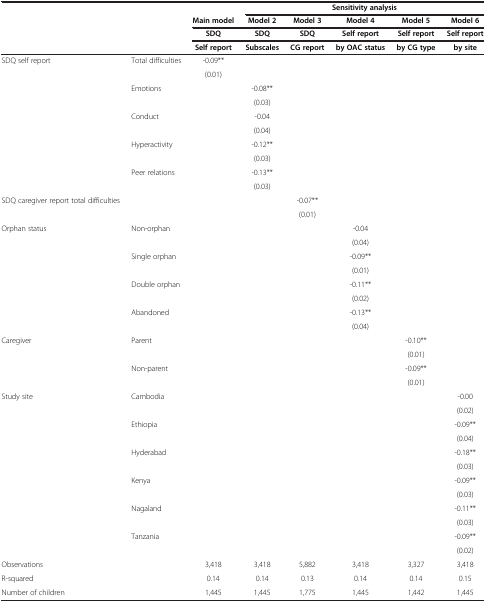
<table><thead><tr><td><b> </b></td><td><b> </b></td><td><b> </b></td><td colspan="5"><b>Sensitivity analysis</b></td></tr><tr><td><b> </b></td><td><b> </b></td><td><b>Main model</b></td><td><b>Model 2</b></td><td><b>Model 3</b></td><td><b>Model 4</b></td><td><b>Model 5</b></td><td><b>Model 6</b></td></tr><tr><td><b> </b></td><td><b> </b></td><td><b>SDQ</b></td><td><b>SDQ</b></td><td><b>SDQ</b></td><td><b>Self report</b></td><td><b>Self report</b></td><td><b>Self report</b></td></tr><tr><td><b> </b></td><td><b> </b></td><td><b>Self report</b></td><td><b>Subscales</b></td><td><b>CG report</b></td><td><b>by OAC status</b></td><td><b>by CG type</b></td><td><b>by site</b></td></tr></thead><tbody><tr><td>SDQ self report</td><td>Total difficulties</td><td>-0.09**</td><td> </td><td> </td><td> </td><td> </td><td> </td></tr><tr><td> </td><td> </td><td>(0.01)</td><td> </td><td> </td><td> </td><td> </td><td> </td></tr><tr><td> </td><td>Emotions</td><td> </td><td>-0.08**</td><td> </td><td> </td><td> </td><td> </td></tr><tr><td> </td><td> </td><td> </td><td>(0.03)</td><td> </td><td> </td><td> </td><td> </td></tr><tr><td> </td><td>Conduct</td><td> </td><td>-0.04</td><td> </td><td> </td><td> </td><td> </td></tr><tr><td> </td><td> </td><td> </td><td>(0.04)</td><td> </td><td> </td><td> </td><td> </td></tr><tr><td> </td><td>Hyperactivity</td><td> </td><td>-0.12**</td><td> </td><td> </td><td> </td><td> </td></tr><tr><td> </td><td> </td><td> </td><td>(0.03)</td><td> </td><td> </td><td> </td><td> </td></tr><tr><td> </td><td>Peer relations</td><td> </td><td>-0.13**</td><td> </td><td> </td><td> </td><td> </td></tr><tr><td> </td><td> </td><td> </td><td>(0.03)</td><td> </td><td> </td><td> </td><td> </td></tr><tr><td>SDQ caregiver report total difficulties</td><td> </td><td> </td><td> </td><td>-0.07**</td><td> </td><td> </td><td> </td></tr><tr><td> </td><td> </td><td> </td><td> </td><td>(0.01)</td><td> </td><td> </td><td> </td></tr><tr><td>Orphan status</td><td>Non-orphan</td><td> </td><td> </td><td> </td><td>-0.04</td><td> </td><td> </td></tr><tr><td> </td><td> </td><td> </td><td> </td><td> </td><td>(0.04)</td><td> </td><td> </td></tr><tr><td> </td><td>Single orphan</td><td> </td><td> </td><td> </td><td>-0.09**</td><td> </td><td> </td></tr><tr><td> </td><td> </td><td> </td><td> </td><td> </td><td>(0.01)</td><td> </td><td> </td></tr><tr><td> </td><td>Double orphan</td><td> </td><td> </td><td> </td><td>-0.11**</td><td> </td><td> </td></tr><tr><td> </td><td> </td><td> </td><td> </td><td> </td><td>(0.02)</td><td> </td><td> </td></tr><tr><td> </td><td>Abandoned</td><td> </td><td> </td><td> </td><td>-0.13**</td><td> </td><td> </td></tr><tr><td> </td><td> </td><td> </td><td> </td><td> </td><td>(0.04)</td><td> </td><td> </td></tr><tr><td>Caregiver</td><td>Parent</td><td> </td><td> </td><td> </td><td> </td><td>-0.10**</td><td> </td></tr><tr><td> </td><td> </td><td> </td><td> </td><td> </td><td> </td><td>(0.01)</td><td> </td></tr><tr><td> </td><td>Non-parent</td><td> </td><td> </td><td> </td><td> </td><td>-0.09**</td><td> </td></tr><tr><td> </td><td> </td><td> </td><td> </td><td> </td><td> </td><td>(0.01)</td><td> </td></tr><tr><td>Study site</td><td>Cambodia</td><td> </td><td> </td><td> </td><td> </td><td> </td><td>-0.00</td></tr><tr><td> </td><td> </td><td> </td><td> </td><td> </td><td> </td><td> </td><td>(0.02)</td></tr><tr><td> </td><td>Ethiopia</td><td> </td><td> </td><td> </td><td> </td><td> </td><td>-0.09**</td></tr><tr><td> </td><td> </td><td> </td><td> </td><td> </td><td> </td><td> </td><td>(0.04)</td></tr><tr><td> </td><td>Hyderabad</td><td> </td><td> </td><td> </td><td> </td><td> </td><td>-0.18**</td></tr><tr><td> </td><td> </td><td> </td><td> </td><td> </td><td> </td><td> </td><td>(0.03)</td></tr><tr><td> </td><td>Kenya</td><td> </td><td> </td><td> </td><td> </td><td> </td><td>-0.09**</td></tr><tr><td> </td><td> </td><td> </td><td> </td><td> </td><td> </td><td> </td><td>(0.03)</td></tr><tr><td> </td><td>Nagaland</td><td> </td><td> </td><td> </td><td> </td><td> </td><td>-0.11**</td></tr><tr><td> </td><td> </td><td> </td><td> </td><td> </td><td> </td><td> </td><td>(0.03)</td></tr><tr><td> </td><td>Tanzania</td><td> </td><td> </td><td> </td><td> </td><td> </td><td>-0.09**</td></tr><tr><td> </td><td> </td><td> </td><td> </td><td> </td><td> </td><td> </td><td>(0.02)</td></tr><tr><td>Observations</td><td> </td><td>3,418</td><td>3,418</td><td>5,882</td><td>3,418</td><td>3,327</td><td>3,418</td></tr><tr><td>R-squared</td><td> </td><td>0.14</td><td>0.14</td><td>0.13</td><td>0.14</td><td>0.14</td><td>0.15</td></tr><tr><td>Number of children</td><td> </td><td>1,445</td><td>1,445</td><td>1,775</td><td>1,445</td><td>1,442</td><td>1,445</td></tr></tbody></table>